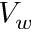
V _ { w }